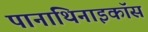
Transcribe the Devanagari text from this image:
पानाथिनाइकॉस